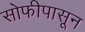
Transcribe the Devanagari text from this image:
सोफीपासून